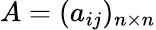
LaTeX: A=(a_{ij})_{n\times n}